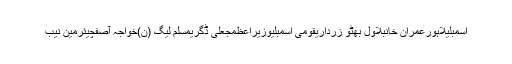
اسمبلیلاہورعمران خانبلاول بھٹو زرداریقومی اسمبلیوزیراعظمجعلی ڈگریمسلم لیگ (ن)خواجہ آصفچیئرمین نیب